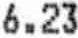
6.23